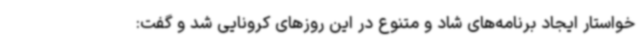
خواستار ایجاد برنامه‌های شاد و متنوع در این روزهای کرونایی شد و گفت: